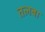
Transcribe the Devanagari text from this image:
तलबा